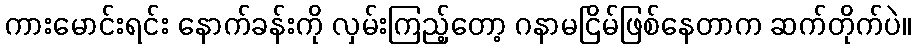
ကားမောင်းရင်း နောက်ခန်းကို လှမ်းကြည့်တော့ ဂနာမငြိမ်ဖြစ်နေတာက ဆက်တိုက်ပဲ။